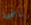
ناضجة